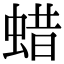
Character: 蜡